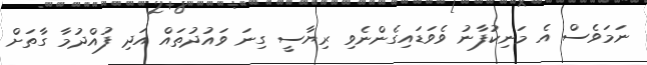
ނަމަވެސް އެ މަނިކުފާނު ވެވަޑައިގެންނެވި ރިޔާސީ ގިނަ ވައުދުތައް އަދި ފުއްދުމާ ގާތަށް